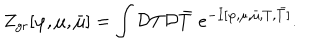
Z _ { \mathrm { g r } } [ \varphi , \mu , \bar { \mu } ] = \int { \cal D } T { \cal D } \bar { T } \, \, e ^ { - I [ \varphi , \mu , \bar { \mu } , T , \bar { T } ] } .